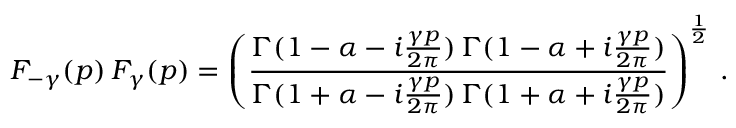
F _ { - \gamma } ( p ) \, F _ { \gamma } ( p ) = \left( \frac { \Gamma ( 1 - \alpha - i \frac { \gamma p } { 2 \pi } ) \, \Gamma ( 1 - \alpha + i \frac { \gamma p } { 2 \pi } ) } { \Gamma ( 1 + \alpha - i \frac { \gamma p } { 2 \pi } ) \, \Gamma ( 1 + \alpha + i \frac { \gamma p } { 2 \pi } ) } \right) ^ { \frac { 1 } { 2 } } \, .